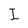
Character: I